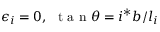
\epsilon _ { i } = 0 , \ \mathrm { ~ t ~ a ~ n ~ } \theta = i ^ { * } b / l _ { i }